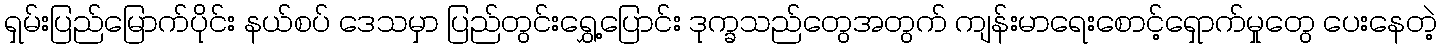
ရှမ်းပြည်မြောက်ပိုင်း နယ်စပ် ဒေသမှာ ပြည်တွင်းရွှေ့ပြောင်း ဒုက္ခသည်တွေအတွက် ကျန်းမာရေးစောင့်ရှောက်မှုတွေ ပေးနေတဲ့